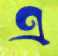
এ